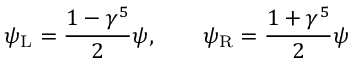
\psi _ { \mathrm { { L } } } = { \frac { 1 - \gamma ^ { 5 } } { 2 } } \psi , \qquad \psi _ { \mathrm { { R } } } = { \frac { 1 + \gamma ^ { 5 } } { 2 } } \psi